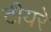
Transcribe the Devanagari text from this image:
टीयरे